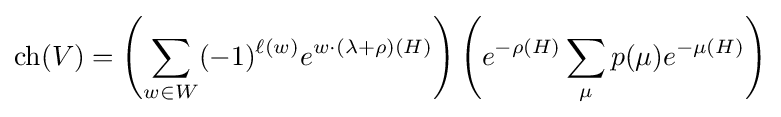
\operatorname {ch} (V)=\left(\sum _{w\in W}(-1)^{\ell (w)}e^{w\cdot (\lambda +\rho )(H)}\right)\left(e^{-\rho (H)}\sum _{\mu }p(\mu )e^{-\mu (H)}\right)